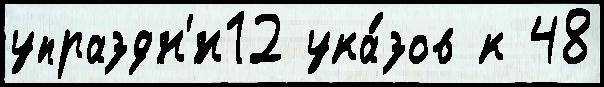
упраздн'́н12 ука́зов к 48